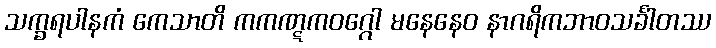
သက္ခရပါနကံ ကေသာတိ ကကဏ္ဋကဝဂ္ဂေါ မနေနေဝ နာဂရိကဘာဝသင်္ခါတဿ